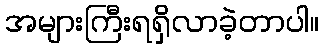
အများကြီးရရှိလာခဲ့တာပါ။